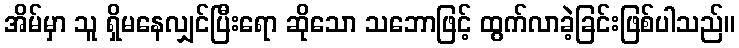
အိမ်မှာ သူ ရှိမနေလျှင်ပြီးရော ဆိုသော သဘောဖြင့် ထွက်လာခဲ့ခြင်းဖြစ်ပါသည်။